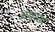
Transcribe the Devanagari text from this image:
अंथरतो